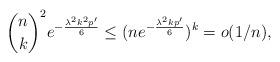
LaTeX: \begin{align*} \binom {n}{k}^2 e^{-\frac {\lambda ^2 k^2 p'}{6}} \leq (n e^{-\frac {\lambda ^{2} kp'}{6}})^k = o(1/n), \end{align*}